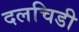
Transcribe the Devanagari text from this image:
दलचिडी